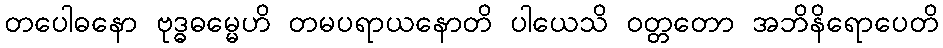
တပေါဓနော ဗုဒ္ဓဓမ္မေဟိ တမပရာယနောတိ ပါယေသိ ဝတ္တတော အဘိနိရောပေတိ